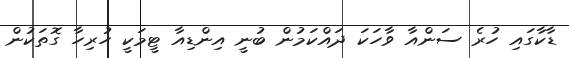
ޑާކާގައި ހުރެ ސަންއާ ވާހަކަ ދައްކަމުން ބުނީ އިންޑިއާ ޓީމަކީ ހުރިހާ ގޮތަކުން